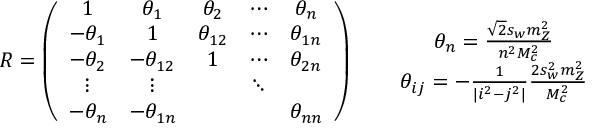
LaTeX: R = \left( \begin{array} { c c c c c } { { 1 } } & { { \theta _ { 1 } } } & { { \theta _ { 2 } } } & { { \cdots } } & { { \theta _ { n } } } \\ { { - \theta _ { 1 } } } & { { 1 } } & { { \theta _ { 1 2 } } } & { { \cdots } } & { { \theta _ { 1 n } } } \\ { { - \theta _ { 2 } } } & { { - \theta _ { 1 2 } } } & { { 1 } } & { { \cdots } } & { { \theta _ { 2 n } } } \\ { { \vdots } } & { { \vdots } } & { { } } & { { \ddots } } & { { } } \\ { { - \theta _ { n } } } & { { - \theta _ { 1 n } } } & { { } } & { { } } & { { \theta _ { n n } } } \end{array} \right) \, \, \, \, \, \, \, \, \, \, \begin{array} { c } { { \theta _ { n } = \frac { \sqrt { 2 } s _ { w } m _ { Z } ^ { 2 } } { n ^ { 2 } M _ { c } ^ { 2 } } } } \\ { { \theta _ { i j } = - \frac { 1 } { | i ^ { 2 } - j ^ { 2 } | } \frac { 2 s _ { w } ^ { 2 } m _ { Z } ^ { 2 } } { M _ { c } ^ { 2 } } } } \end{array}